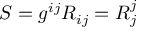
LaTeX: S = g ^ { i j } R _ { i j } = R _ { j } ^ { j }